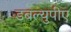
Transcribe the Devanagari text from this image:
डबल्युपीए